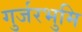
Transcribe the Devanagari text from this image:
गुर्जरभुमि